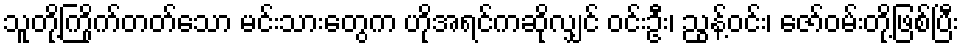
သူတို့ကြိုက်တတ်သော မင်းသားတွေက ဟိုအရင်ကဆိုလျှင် ဝင်းဦး၊ ညွန့်ဝင်း၊ ဇော်ဝမ်းတို့ဖြစ်ပြီး